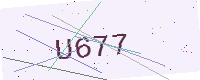
Text: U677